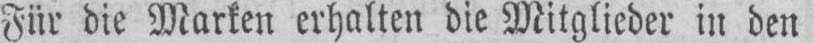
Für die Marken erhalten die Mitglieder in den